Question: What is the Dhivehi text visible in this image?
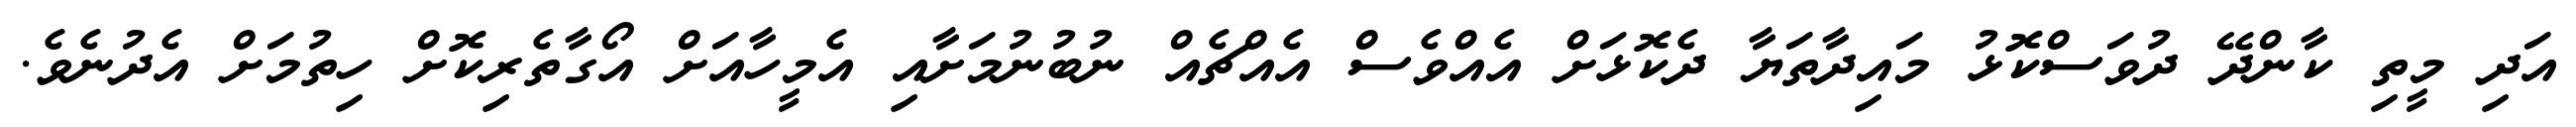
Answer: އަދި މީތި ކާންދޭ ދުވަސްކޮޅު މައިދާތަޔާ ދެކޮޅަށް އެއްވެސް އެއްޗެއް ނުބުނުމަށާއި އެމީހާއަށް އޯގާތެރިކޮށް ހިތުމަށް އެދުނެވެ.